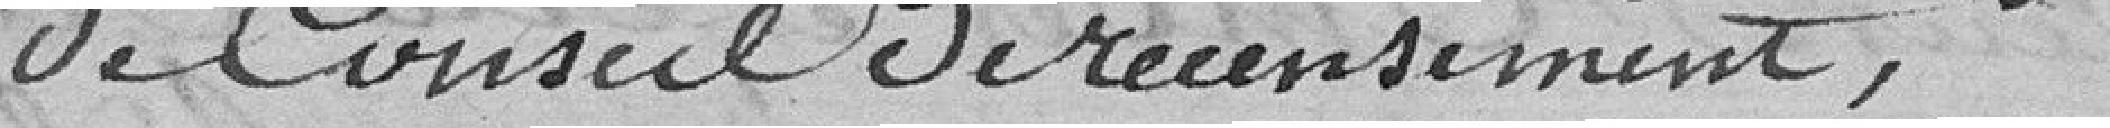
de Conseil de recensement,